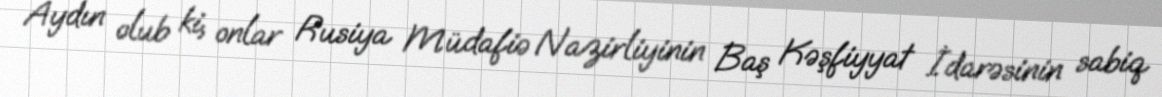
Aydın olub ki, onlar Rusiya Müdafiə Nazirliyinin Baş Kəşfiyyat İdarəsinin sabiq